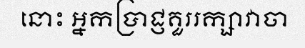
នោះ អ្នកប្រាជ្ញគួររក្សាវាចា